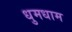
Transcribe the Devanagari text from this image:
धुमधाम